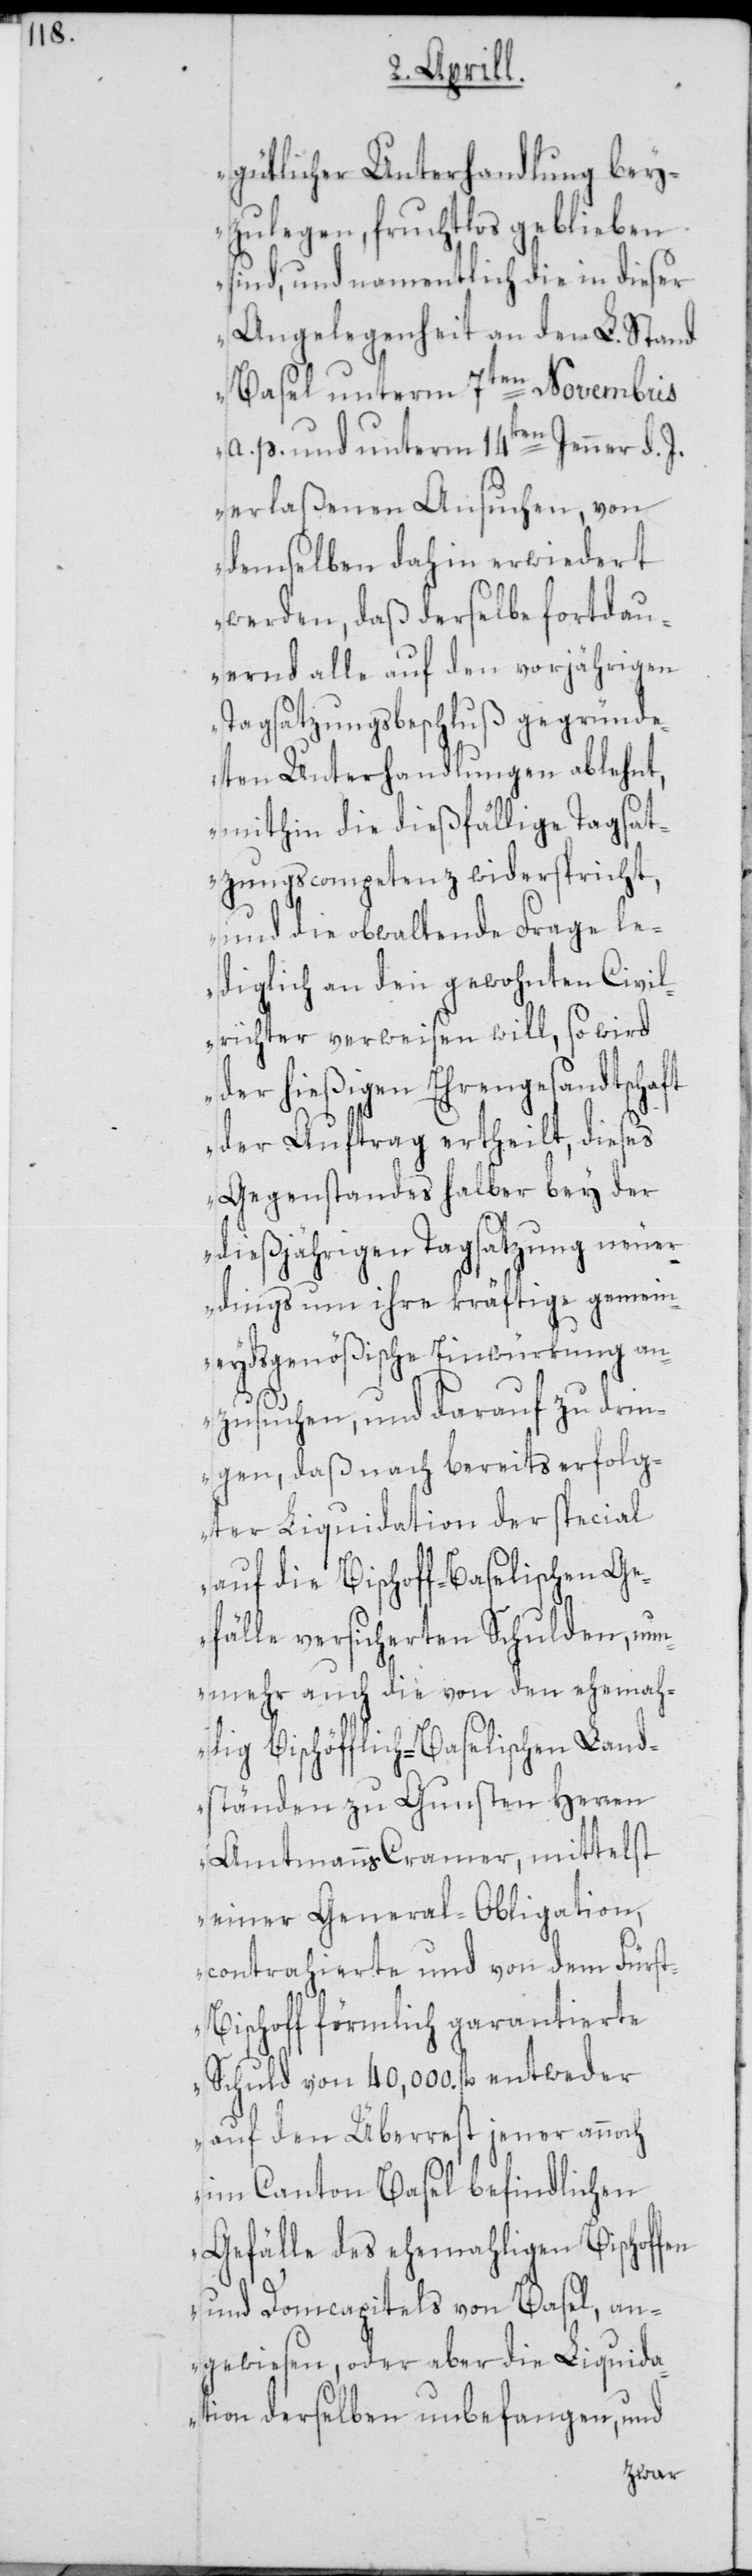
gütlicher Unterhandlung bey¬
zulegen, fruchtlos geblieben
sind, und namentlich die in dieser
Angelegenheit an den L. Stand
Basel unterm 7ten Novembris
a. p. und unterm 14ten Jenner d. J.
erlaßenen Ansuchen, von
demselben dahin erwiedert
werden, daß derselbe fortdau¬
ernd alle auf den vorjährigen
Tagsatzungsbeschluß gegründe¬
ten Unterhandlungen ablehnt,
mithin die dießfällige Tagsat¬
zungscompetenz widerspricht,
le¬
und die obwaltende Fra¬
diglich an den gewohnten Civil¬
richter verweisen will, so wird
der hießigen Ehrengesandtschaft
der Auftrag ertheilt, dieses
Gegenstandes halber bey der
dießjährigen Tagsatzung neue¬
rdings um ihre kräftige gemein¬
eydsgenößische Einwürkung an¬
zusuchen, und darauf zu drin¬
gen, daß nach bereits erfolg¬
ter Liquidation der special
auf die Bischoff-Baselischen G¬
efälle versicherten Schulden, nun¬
mehr auch die von den ehemah¬
lig Bischöfflich-Baselischen Land¬
ständen zu Gunsten Herren
Amtmanns Cramer, mittelst
einer General-Obilgation,
contrahierte und von dem Fürs¬
t-Bischoff förmlich garantierte
Schuld von 40,000 fl. entweder
auf den Überrest jener annoch
im Canton Basel befindlichen
Gefälle des ehemahligen Bischoffen
und Domcapitels von Basel, an¬
gewiesen, oder aber die Liquida¬
tion derselben unbefangen, und